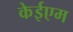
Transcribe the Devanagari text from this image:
केईएम